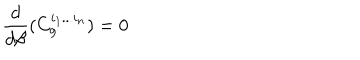
\frac { d } { d \beta } ( C _ { g } ^ { i _ { 1 } . . . i _ { n } } ) = 0